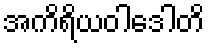
အကိရိယဝါဒေါတိ